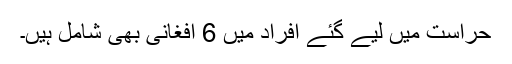
حراست میں لیے گئے افراد میں 6 افغانی بھی شامل ہیں۔